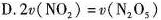
D.$$2v(NO_{2})=v(N_{2}O_{5})$$